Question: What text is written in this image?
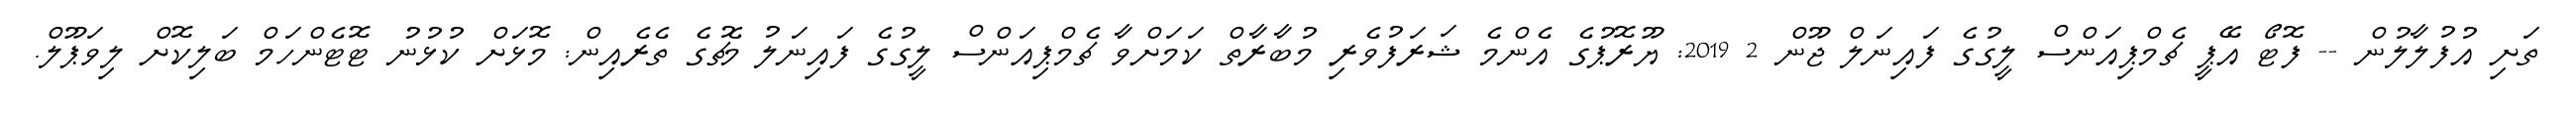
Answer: ތަށި އުފުލާލުން -- ފޮޓޯ އޭޕީ ޗެމްޕިއަންސް ލީގުގެ ފައިނަލް ޖޫން 2 2019: ޔޫރޮޕުގެ އެންމެ ޝަރަފުވެރި މުބާރާތް ކަމަށްވާ ޗެމްޕިއަންސް ލީގުގެ ފައިނަލު މެޗުގެ ތެރެއިން: މޮޅަށް ކުޅުނު ޓޮޓެންހަމް ބަލިކޮށް ލިވަޕޫލް.